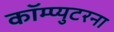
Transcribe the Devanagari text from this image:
कॉम्प्युटरना